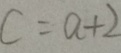
C = a + 2